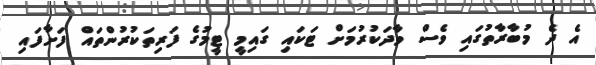
އެ ދެ މުބާރާތުގައި ވެސް ވާދަކުރުމަށް ޓަކައި ގައިމީ ޓީމުގެ ފަރިތަކުރުންތައް ފަށާފައި